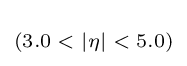
\scriptstyle (3.0\;<\;|\eta |\;<\;5.0)